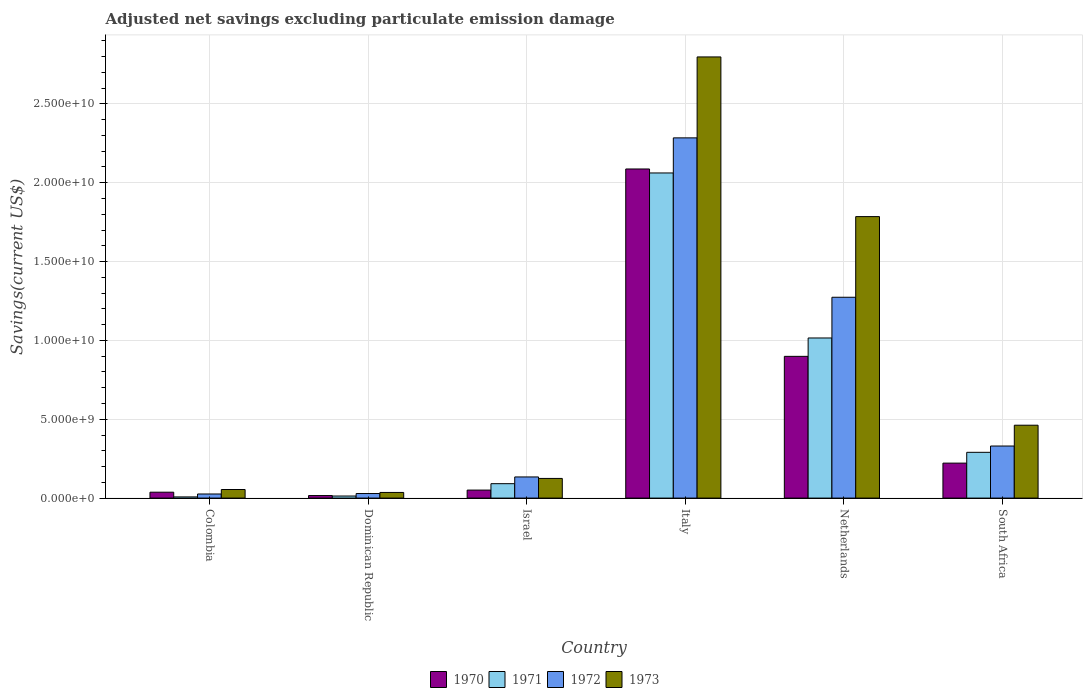
| Country | 1970 | 1971 | 1972 | 1973 |
 | --- | --- | --- | --- | --- |
 | Colombia | 3.74e+08 | 7.46e+07 | 2.6e+08 | 5.45e+08 |
 | Dominican Republic | 1.61e+08 | 1.32e+08 | 2.89e+08 | 3.58e+08 |
 | Israel | 5.08e+08 | 9.14e+08 | 1.34e+09 | 1.25e+09 |
 | Italy | 2.09e+10 | 2.06e+10 | 2.28e+10 | 2.8e+10 |
 | Netherlands | 8.99e+09 | 1.02e+10 | 1.27e+10 | 1.79e+10 |
 | South Africa | 2.22e+09 | 2.9e+09 | 3.3e+09 | 4.62e+09 |